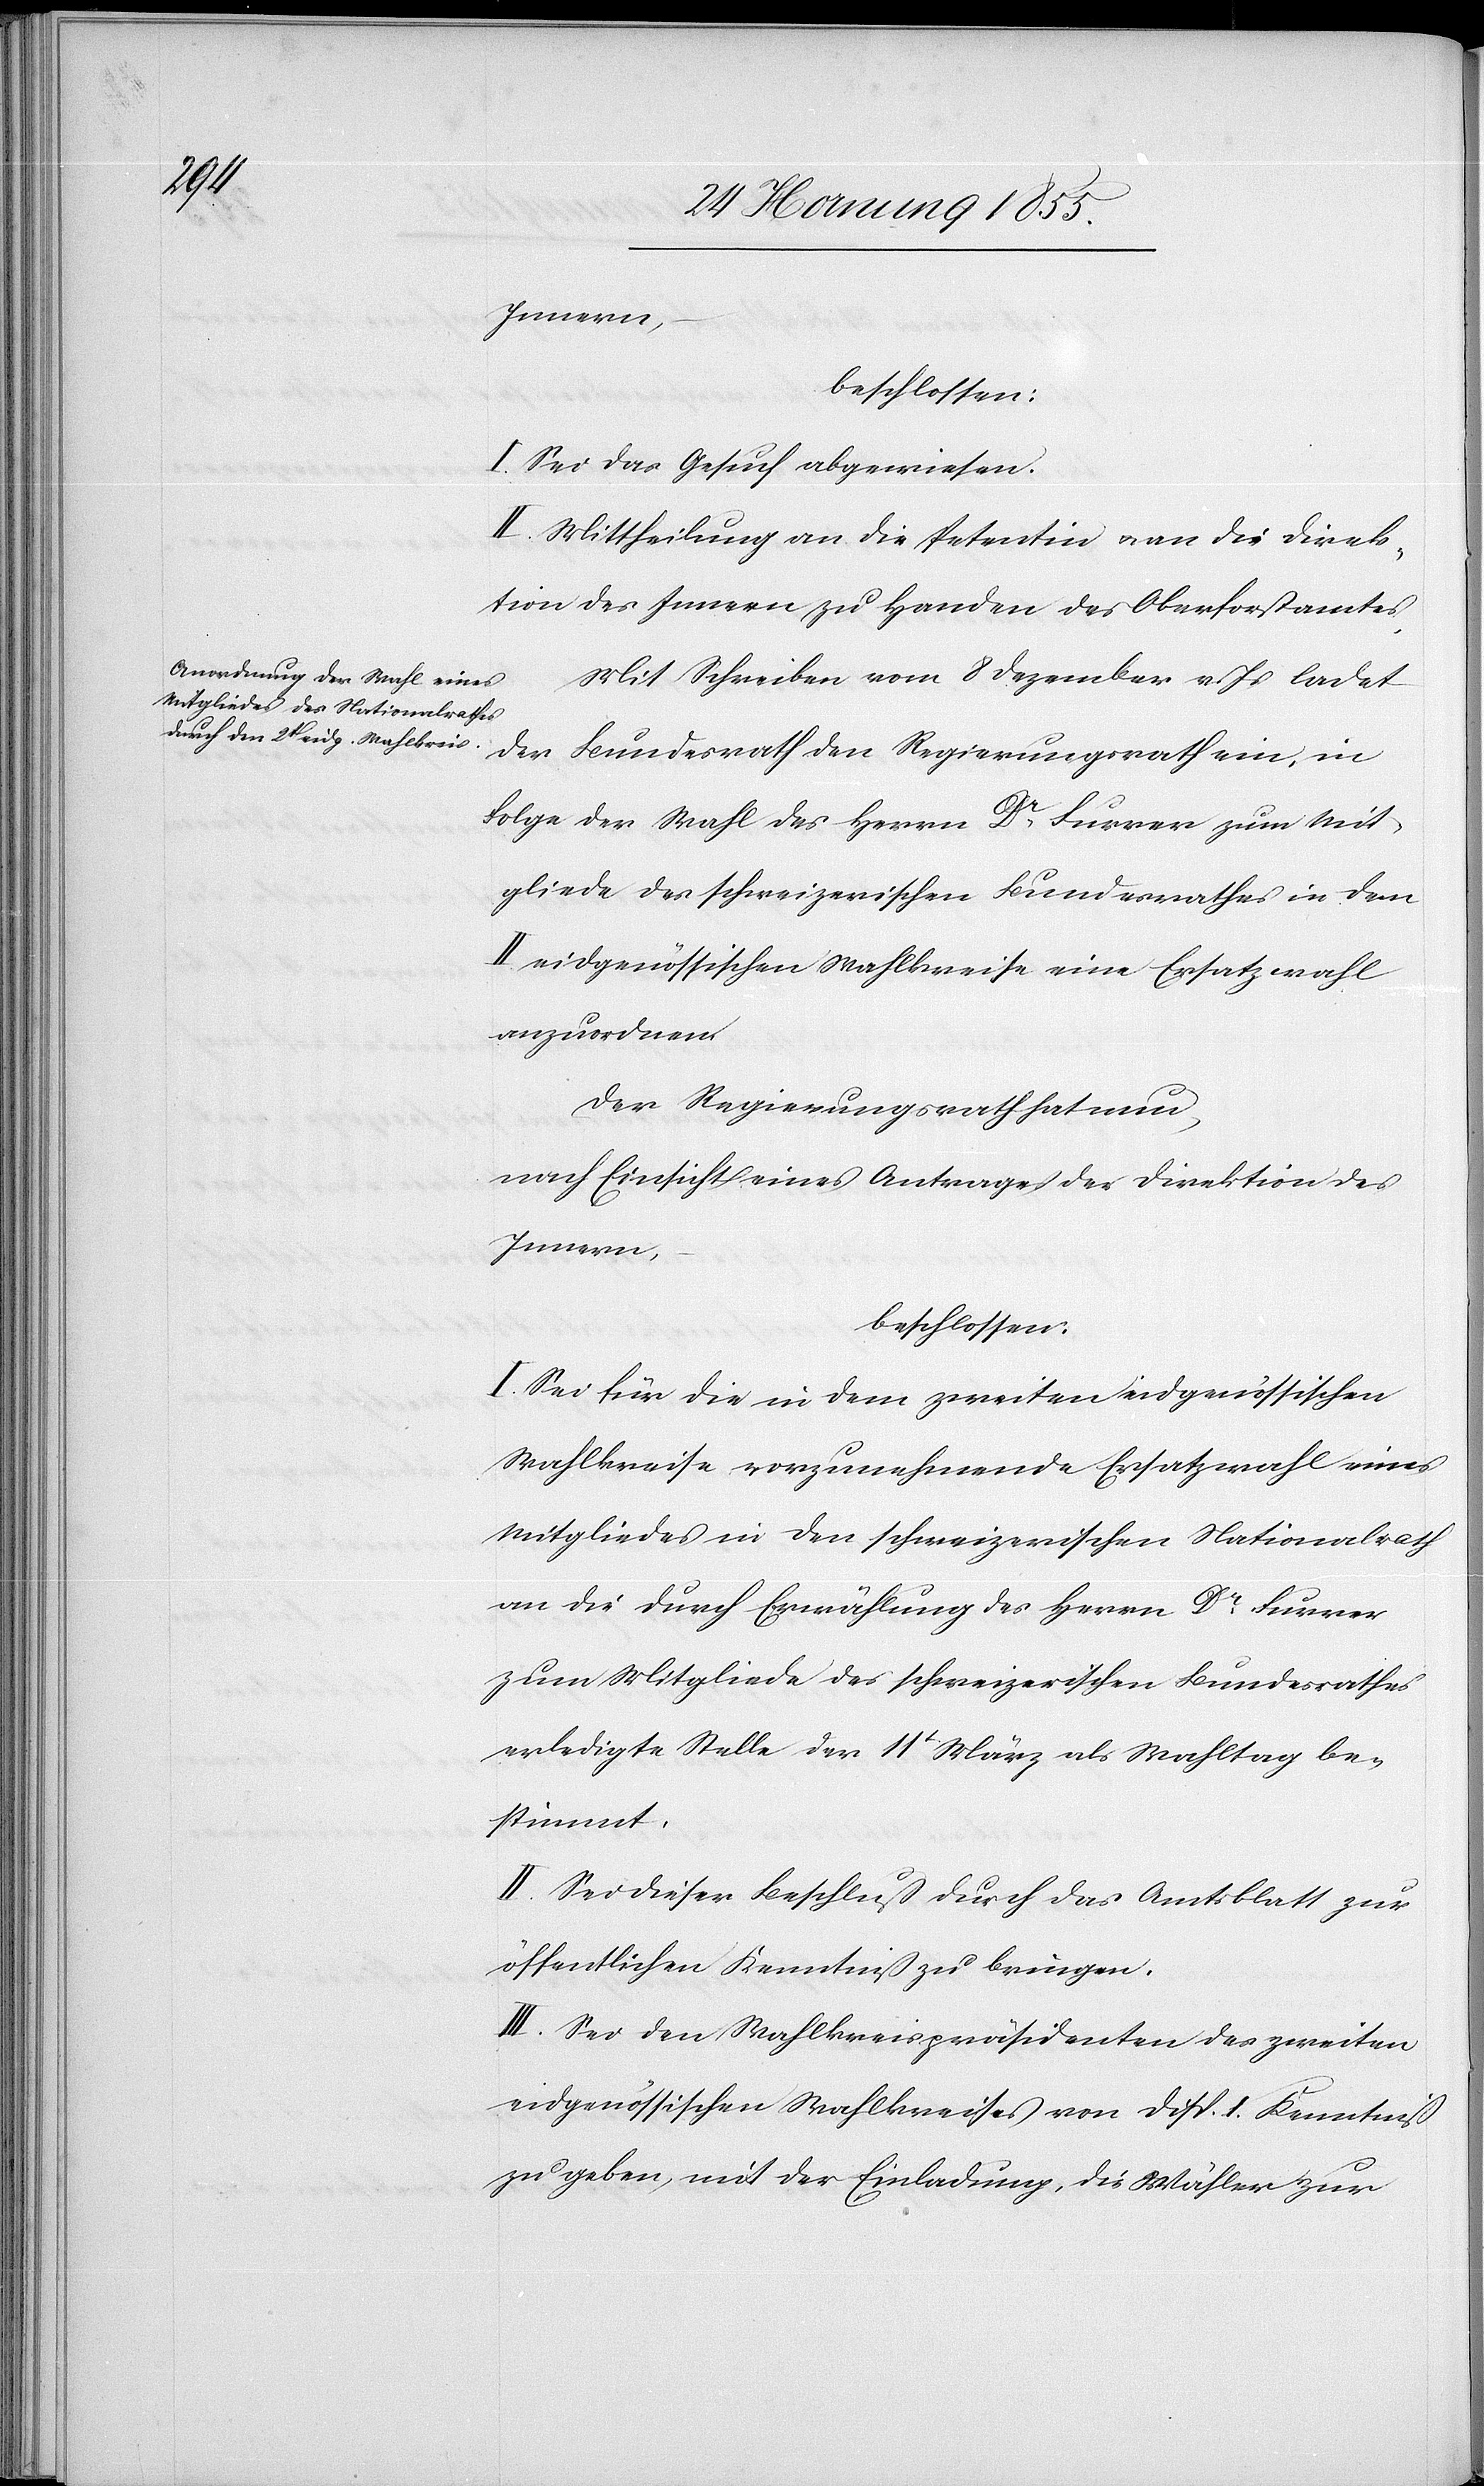
Innern,
beschlossen:
I. Sei das Gesuch abgewiesen.
II. Mittheilung an die Petentin & an die Direk¬
tion des Innern zu Handen des Oberforstamtes.
Mit Schreiben vom 8 Dezember v. Js ladet
der Bundesrath den Regierungsrath ein, in
Folge der Wahl des Herrn Dr. Furrer zum Mit¬
gliede des schweizerischen Bundesrathes in dem
II eidgenössischen Wahlkreise eine Ersatzwahl
anzuordnen.
Der Regierungsrath hat nun,
nach Einsicht eines Antrages der Direktion des
Innern,
beschlossen:
I. Sei für die in dem zweiten eidgenössischen
Wahlkreise vorzunehmende Ersatzwahl eines
Mitgliedes in den schweizerischen Nationalrath
an die durch Erwählung des Herrn Dr. Furrer
zum Mitgliede des schweizerischen Bundesrathes
erledigte Stelle der 11t. März als Wahltag be¬
stimmt.
II. Sei dieser Beschluß durch das Amtsblatt zur
öffentlichen Kenntniß zu bringen.
III. Sei den Wahlkreispräsidenten des zweiten
eidgenössischen Wahlkreises von Disp. I. Kenntniß
zu geben, mit der Einladung, die Wähler zur